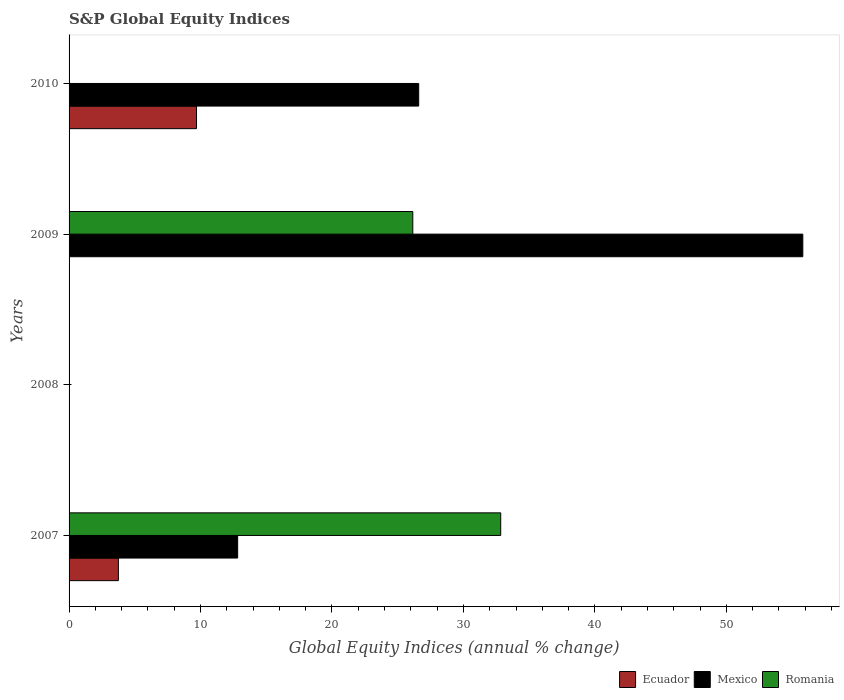
| Years | Ecuador | Mexico | Romania |
 | --- | --- | --- | --- |
 | 2007 | 3.75 | 12.8 | 32.8 |
 | 2008 | -8.8 | -45.1 | -72.2 |
 | 2009 | -13.1 | 55.8 | 26.1 |
 | 2010 | 9.69 | 26.6 | -6.58 |